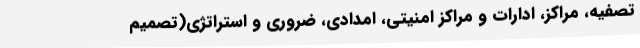
تصفیه، مراکز،‌ ادارات و مراکز امنیتی، امدادی، ضروری و استراتژی(تصمیم